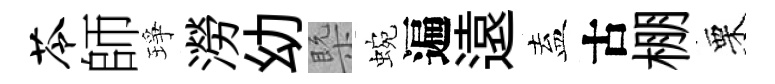
苓師琤澇幼槩蜿遍遠盍古棚栗